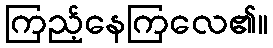
ကြည့်နေကြလေ၏။